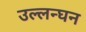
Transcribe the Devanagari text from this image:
उल्लन्घन